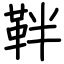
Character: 靽